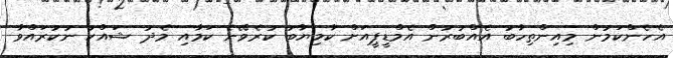
އެހެންކަމުން މިއިންތިހާބު އެއްބުރުން އެމްޑީޕީއަށް ކާމިޔާބު ކުރެވޭނެ ކަމާއި މެދު ޝައްކު ނުކުރައްވާ